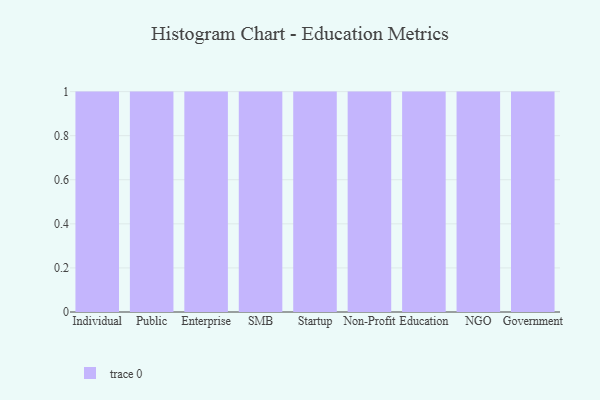
{"axis": {"x": "Segment", "y": "Page Views"}, "legend": [""], "data": [{"x": "Individual", "y": 18, "type": ""}, {"x": "Public", "y": 62, "type": ""}, {"x": "Enterprise", "y": 63, "type": ""}, {"x": "SMB", "y": 34, "type": ""}, {"x": "Startup", "y": 14, "type": ""}, {"x": "Non-Profit", "y": 37, "type": ""}, {"x": "Education", "y": 94, "type": ""}, {"x": "NGO", "y": 49, "type": ""}, {"x": "Government", "y": 27, "type": ""}]}